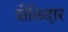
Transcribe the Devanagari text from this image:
शैलिदार